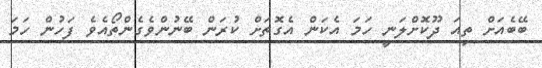
ބޭބެއަށް ތިއަ ދޫކޮށްލަނީ ހަމަ އެކަން އެގޮތަށް ކުރަން ބޭނުންވެގެންތޯއެވެ ފަހުން ހަމަ